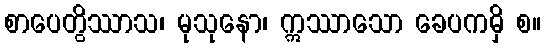
စာပေတွိဿာသ၊ မုသုနော၊ ဣဿာသော ခေပကမှိ စ။